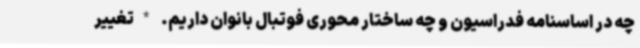
چه در اساسنامه فدراسیون و چه ساختار محوری فوتبال بانوان داریم. *تغییر